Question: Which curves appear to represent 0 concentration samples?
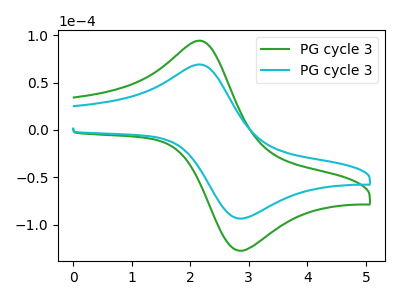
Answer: <think>The green curve "PG cycle 31" has an anodic peak at (2.20V, 93.45uA) and a cathodic peak at (2.90V, -127.40uA). The cyan curve "PG cycle 32" has an anodic peak at (2.20V, 68.60uA) and a cathodic peak at (2.90V, -93.50uA).</think>
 <answer>There are not any CV's on this graph that are likely to be blanks.</answer>
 <eval>none</eval>